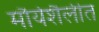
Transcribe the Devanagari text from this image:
मौर्यशैलीत